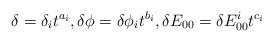
\begin{align*}\delta = \delta_{i} t^{a_i}, \delta\phi = \delta\phi_{i} t^{b_i}, \delta E_{00}= \delta E_{00}^i t^{c_i}\end{align*}